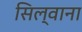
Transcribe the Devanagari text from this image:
सिल्वाना